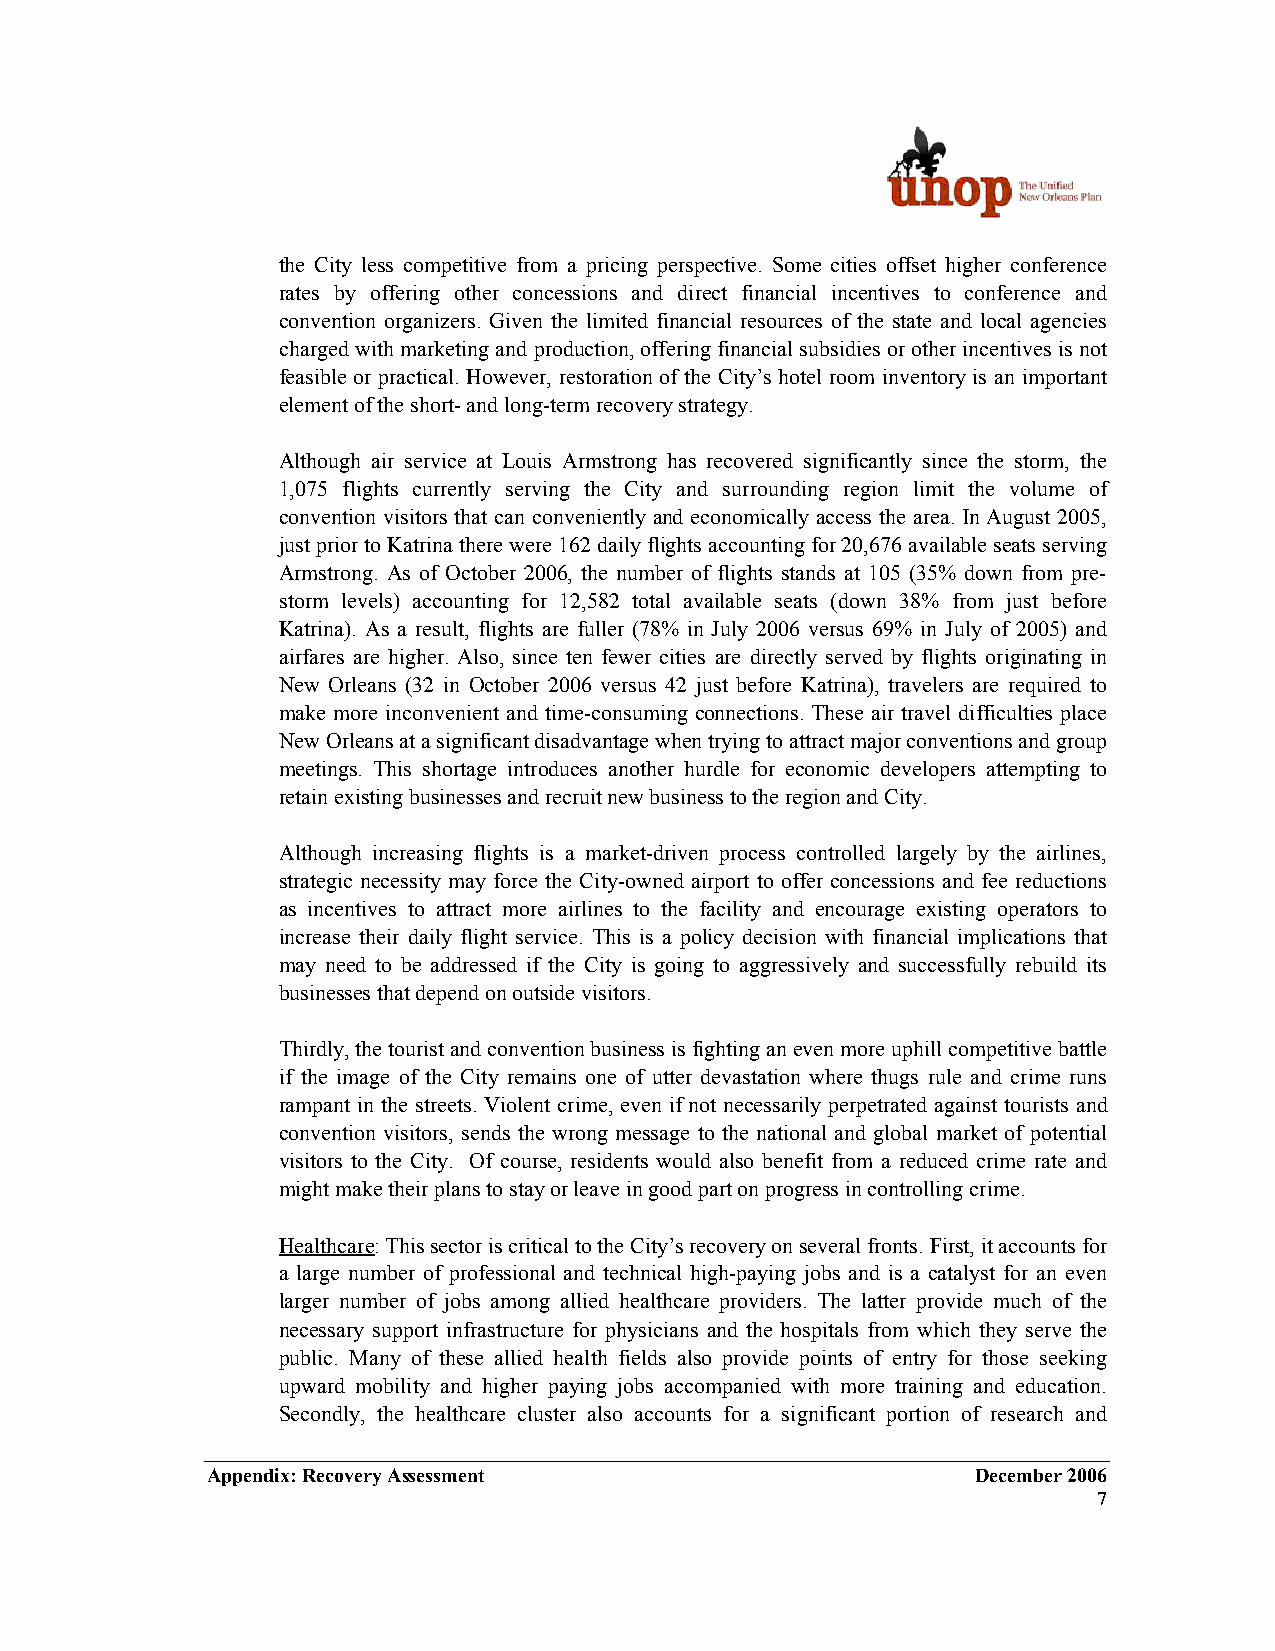
the City less competitive from a pricing perspective. Some cities offset higher conference
 rates by offering other concessions and direct financial incentives to conference and
 convention organizers. Given the limited financial resources of the state and local agencies
 charged with marketing and production, offering financial subsidies or other incentives is not
 feasible or practical. However, restoration of the City’s hotel room inventory is an important
 element of the short- and long-term recovery strategy.
 Although air service at Louis Armstrong has recovered significantly since the storm, the
 1,075 flights currently serving the City and surrounding region limit the volume of
 convention visitors that can conveniently and economically access the area. In August 2005,
 just prior to Katrina there were 162 daily flights accounting for 20,676 available seats serving
 Armstrong. As of October 2006, the number of flights stands at 105 (35% down from pre-
 storm levels) accounting for 12,582 total available seats (down 38% from just before
 Katrina). As a result, flights are fuller (78% in July 2006 versus 69% in July of 2005) and
 airfares are higher. Also, since ten fewer cities are directly served by flights originating in
 New Orleans (32 in October 2006 versus 42 just before Katrina), travelers are required to
 make more inconvenient and time-consuming connections. These air travel difficulties place
 New Orleans at a significant disadvantage when trying to attract major conventions and group
 meetings. This shortage introduces another hurdle for economic developers attempting to
 retain existing businesses and recruit new business to the region and City.
 Although increasing flights is a market-driven process controlled largely by the airlines,
 strategic necessity may force the City-owned airport to offer concessions and fee reductions
 as incentives to attract more airlines to the facility and encourage existing operators to
 increase their daily flight service. This is a policy decision with financial implications that
 may need to be addressed if the City is going to aggressively and successfully rebuild its
 businesses that depend on outside visitors.
 Thirdly, the tourist and convention business is fighting an even more uphill competitive battle
 if the image of the City remains one of utter devastation where thugs rule and crime runs
 rampant in the streets. Violent crime, even if not necessarily perpetrated against tourists and
 convention visitors, sends the wrong message to the national and global market of potential
 visitors to the City. Of course, residents would also benefit from a reduced crime rate and
 might make their plans to stay or leave in good part on progress in controlling crime.
 Healthcare: This sector is critical to the City’s recovery on several fronts. First, it accounts for
 a large number of professional and technical high-paying jobs and is a catalyst for an even
 larger number of jobs among allied healthcare providers. The latter provide much of the
 necessary support infrastructure for physicians and the hospitals from which they serve the
 public. Many of these allied health fields also provide points of entry for those seeking
 upward mobility and higher paying jobs accompanied with more training and education.
 Secondly, the healthcare cluster also accounts for a significant portion of research and
 Appendix: Recovery Assessment                      December 2006
 7